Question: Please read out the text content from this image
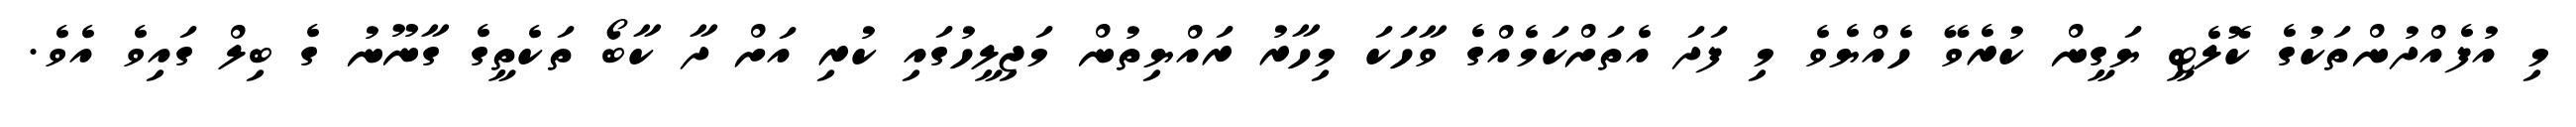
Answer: މި އުފެއްދުންތަކުގެ ކޮލެޓީ ޔަގީން ކުރެވޭ ހެއްޔެވެ މި ފަދަ އެތަށްކަމެއްގެ ވާހަކަ މިހާރު ރައްޔިތުން މަޖިލީހުގައި ކުރި އަށް ދާ ކާބޯ ތަކެތީގެ ގާނޫނު ގެ ބިލް ގައިވެ އެވެ.